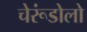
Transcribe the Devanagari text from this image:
चेरूंडोलो